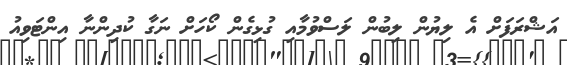
އަޝްރަފަށް އެ ލިޔުން ލިބުން ލަސްވުމާއި ގުޅިގެން ކޯހަށް ނަގާ ކުދިންނާ އިންޓަވިއު